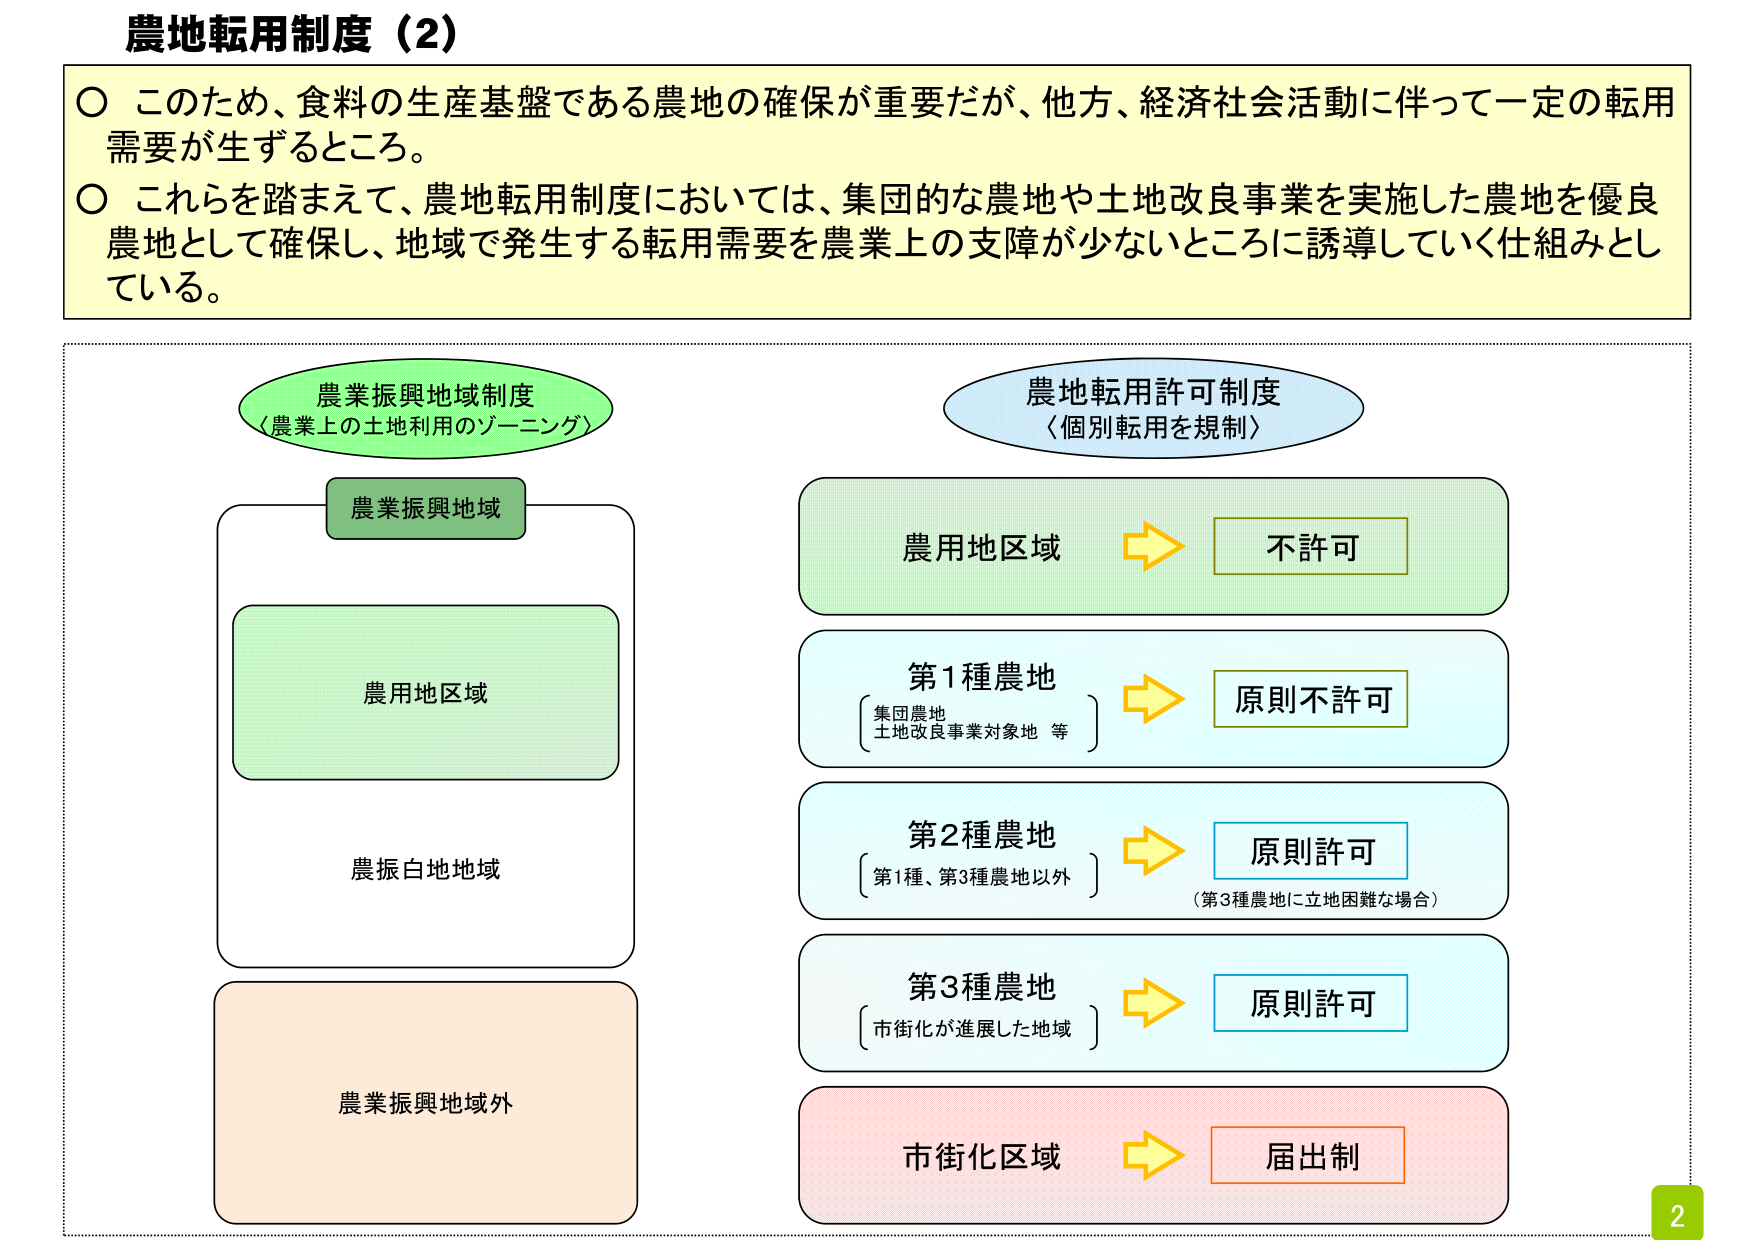
農地転用制度（2）

○ このため、食料の生産基盤である農地の確保が重要だが、他方、経済社会活動に伴って一定の転用需要が生ずるところ。
○ これらを踏まえて、農地転用制度においては、集団的な農地や土地改良事業を実施した農地を優良農地として確保し、地域で発生する転用需要を農業上の支障が少ないところに誘導していく仕組みとしている。

農業振興地域制度
〈農業上の土地利用のゾーニング〉

農業振興地域

農用地区域

農振白地地域

農業振興地域外

農地転用許可制度
〈個別転用を規制〉

農用地区域 → 不許可

第1種農地
〔集団農地
土地改良事業対象地 等〕 → 原則不許可

第2種農地
〔第1種、第3種農地以外〕 → 原則許可
（第3種農地に立地困難な場合）

第3種農地
〔市街化が進展した地域〕 → 原則許可

市街化区域 → 届出制

2